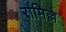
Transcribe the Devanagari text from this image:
रामिल्ल